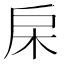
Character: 㦿